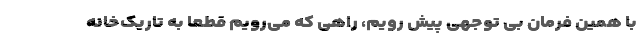
با همین فرمان بی توجهی پیش رویم، راهی که می‌رویم قطعا به تاریک‌خانه